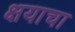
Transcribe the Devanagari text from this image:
क्षयाचा